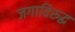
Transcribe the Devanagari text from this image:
जगाविरुद्ध